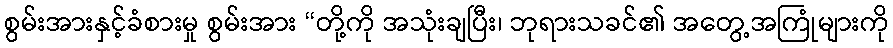
စွမ်းအားနှင့်ခံစားမှု စွမ်းအား “တို့ကို အသုံးချပြီး၊ ဘုရားသခင်၏ အတွေ့အကြုံများကို